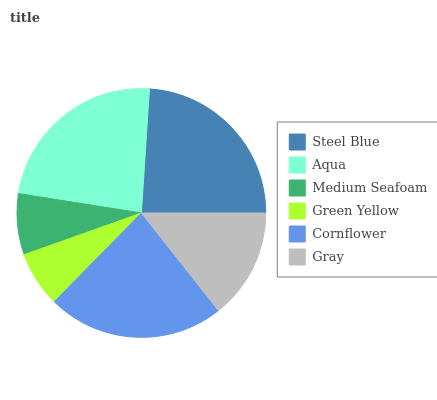
| Steel Blue | Aqua | Medium Seafoam | Green Yellow | Cornflower | Gray |
 | --- | --- | --- | --- | --- | --- |
 | 24% | 23.5% | 7.91% | 7.2% | 23% | 14.3% |